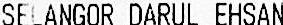
SELANGOR DARUL EHSAN